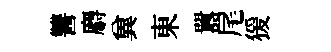
讐麝兾東囂尾猨